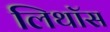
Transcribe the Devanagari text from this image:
लिथॉस